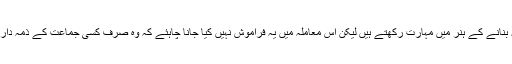
نریندر مودی سیاسی جلسوں اور تقاریر میں اپنے مخالفین کو نشانہ بنانے کے ہنر میں مہارت رکھتے ہیں لیکن اس معاملہ میں یہ فراموش نہیں کیا جانا چاہئے کہ وہ صرف کسی جماعت کے ذمہ دار نہیں بلکہ اس ملک کے وزیر اعظم ہیں اور اس کا ایک وقار ہے ۔